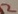
Text: 2